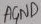
Text: AGND